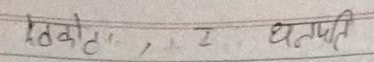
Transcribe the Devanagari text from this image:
खेको, ट, २ धनापति